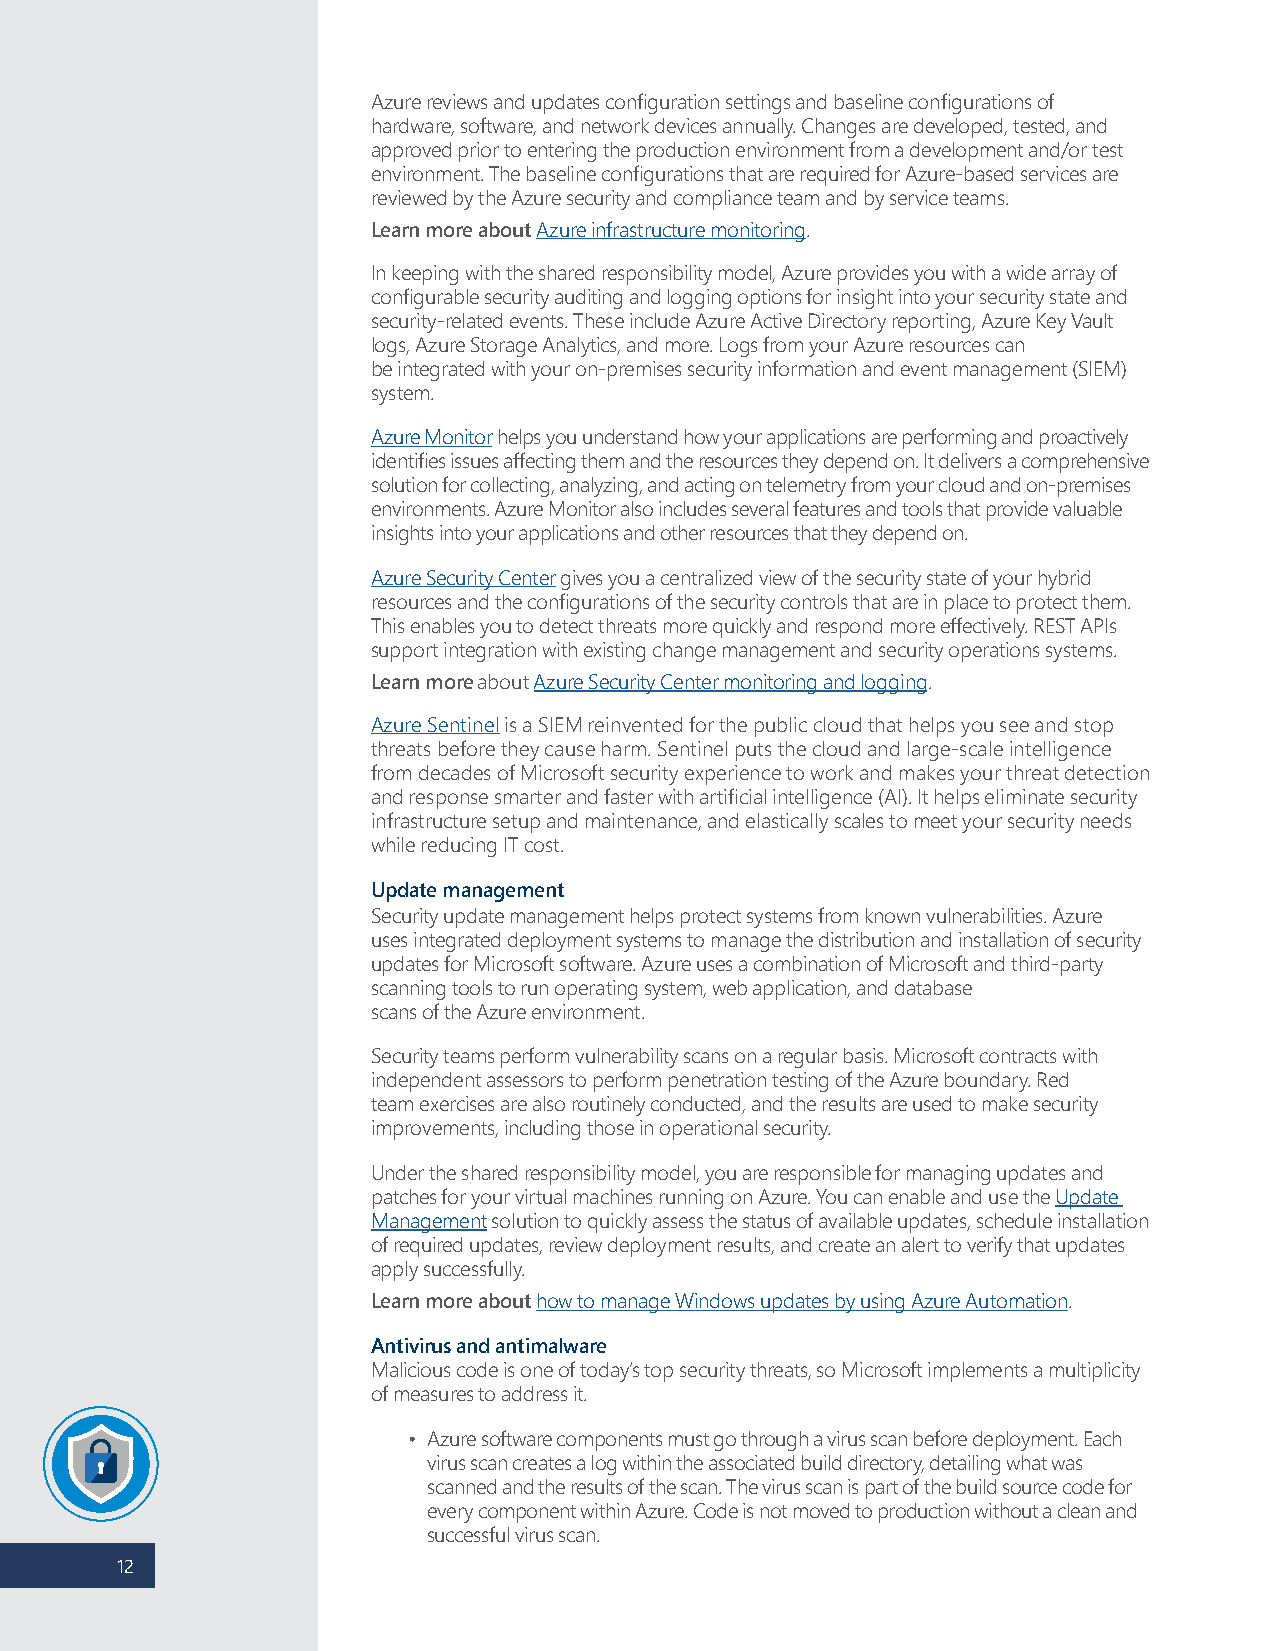
Azure reviews and updates configuration settings and baseline configurations of
 hardware, software, and network devices annually. Changes are developed, tested, and
 approved prior to entering the production environment from a development and/or test
 environment. The baseline configurations that are required for Azure-based services are
 reviewed by the Azure security and compliance team and by service teams.
 Learn more about Azure infrastructure monitoring.
 In keeping with the shared responsibility model, Azure provides you with a wide array of
 configurable security auditing and logging options for insight into your security state and
 security-related events. These include Azure Active Directory reporting, Azure Key Vault
 logs, Azure Storage Analytics, and more. Logs from your Azure resources can
 be integrated with your on-premises security information and event management (SIEM)
 system.
 Azure Monitor helps you understand how your applications are performing and proactively
 identifies issues affecting them and the resources they depend on. It delivers a comprehensive
 solution for collecting, analyzing, and acting on telemetry from your cloud and on-premises
 environments. Azure Monitor also includes several features and tools that provide valuable
 insights into your applications and other resources that they depend on.
 Azure Security Center gives you a centralized view of the security state of your hybrid
 resources and the configurations of the security controls that are in place to protect them.
 This enables you to detect threats more quickly and respond more effectively. REST APIs
 support integration with existing change management and security operations systems.
 Learn more about Azure Security Center monitoring and logging.
 Azure Sentinel is a SIEM reinvented for the public cloud that helps you see and stop
 threats before they cause harm. Sentinel puts the cloud and large-scale intelligence
 from decades of Microsoft security experience to work and makes your threat detection
 and response smarter and faster with artificial intelligence (AI). It helps eliminate security
 infrastructure setup and maintenance, and elastically scales to meet your security needs
 while reducing IT cost.
 Update management
 Security update management helps protect systems from known vulnerabilities. Azure
 uses integrated deployment systems to manage the distribution and installation of security
 updates for Microsoft software. Azure uses a combination of Microsoft and third-party
 scanning tools to run operating system, web application, and database
 scans of the Azure environment.
 Security teams perform vulnerability scans on a regular basis. Microsoft contracts with
 independent assessors to perform penetration testing of the Azure boundary. Red
 team exercises are also routinely conducted, and the results are used to make security
 improvements, including those in operational security.
 Under the shared responsibility model, you are responsible for managing updates and
 patches for your virtual machines running on Azure. You can enable and use the Update
 Management solution to quickly assess the status of available updates, schedule installation
 of required updates, review deployment results, and create an alert to verify that updates
 apply successfully.
 Learn more about how to manage Windows updates by using Azure Automation.
 Antivirus and antimalware
 Malicious code is one of today’s top security threats, so Microsoft implements a multiplicity
 of measures to address it.
 • Azure software components must go through a virus scan before deployment. Each
 virus scan creates a log within the associated build directory, detailing what was
 scanned and the results of the scan. The virus scan is part of the build source code for
 every component within Azure. Code is not moved to production without a clean and
 successful virus scan.
 12
 12